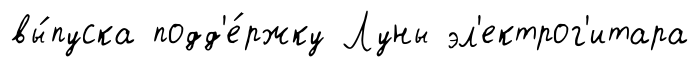
вы́пуска подд'е́ржку Луны эл'ектрог'итара